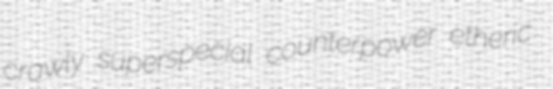
crawly superspecial counterpower etheric